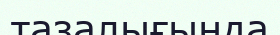
тазалығында